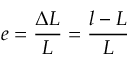
\ e = { \frac { \Delta L } { L } } = { \frac { l - L } { L } }